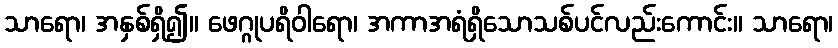
သာရော၊ အနှစ်ရှိ၍။ ဖေဂ္ဂုပရိဝါရော၊ အကာအရံရှိသောသစ်ပင်လည်းကောင်း။ သာရော၊